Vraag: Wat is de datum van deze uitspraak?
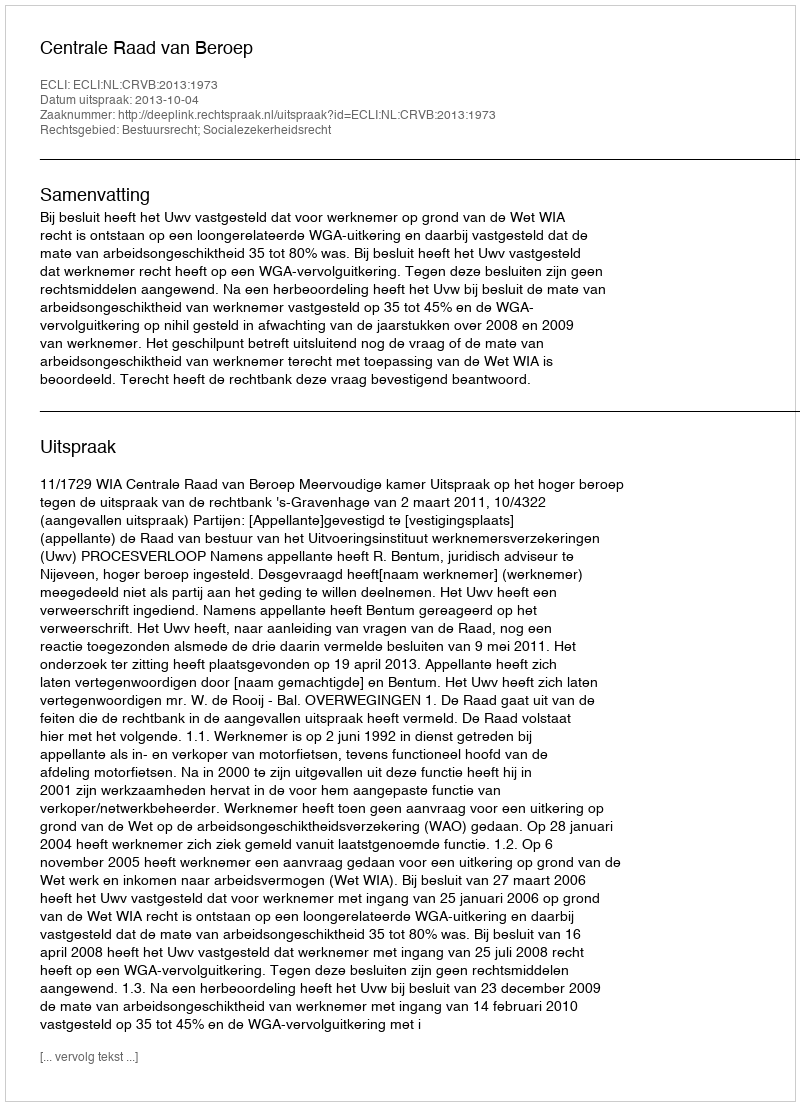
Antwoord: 2013-10-04